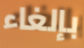
بإلغاء